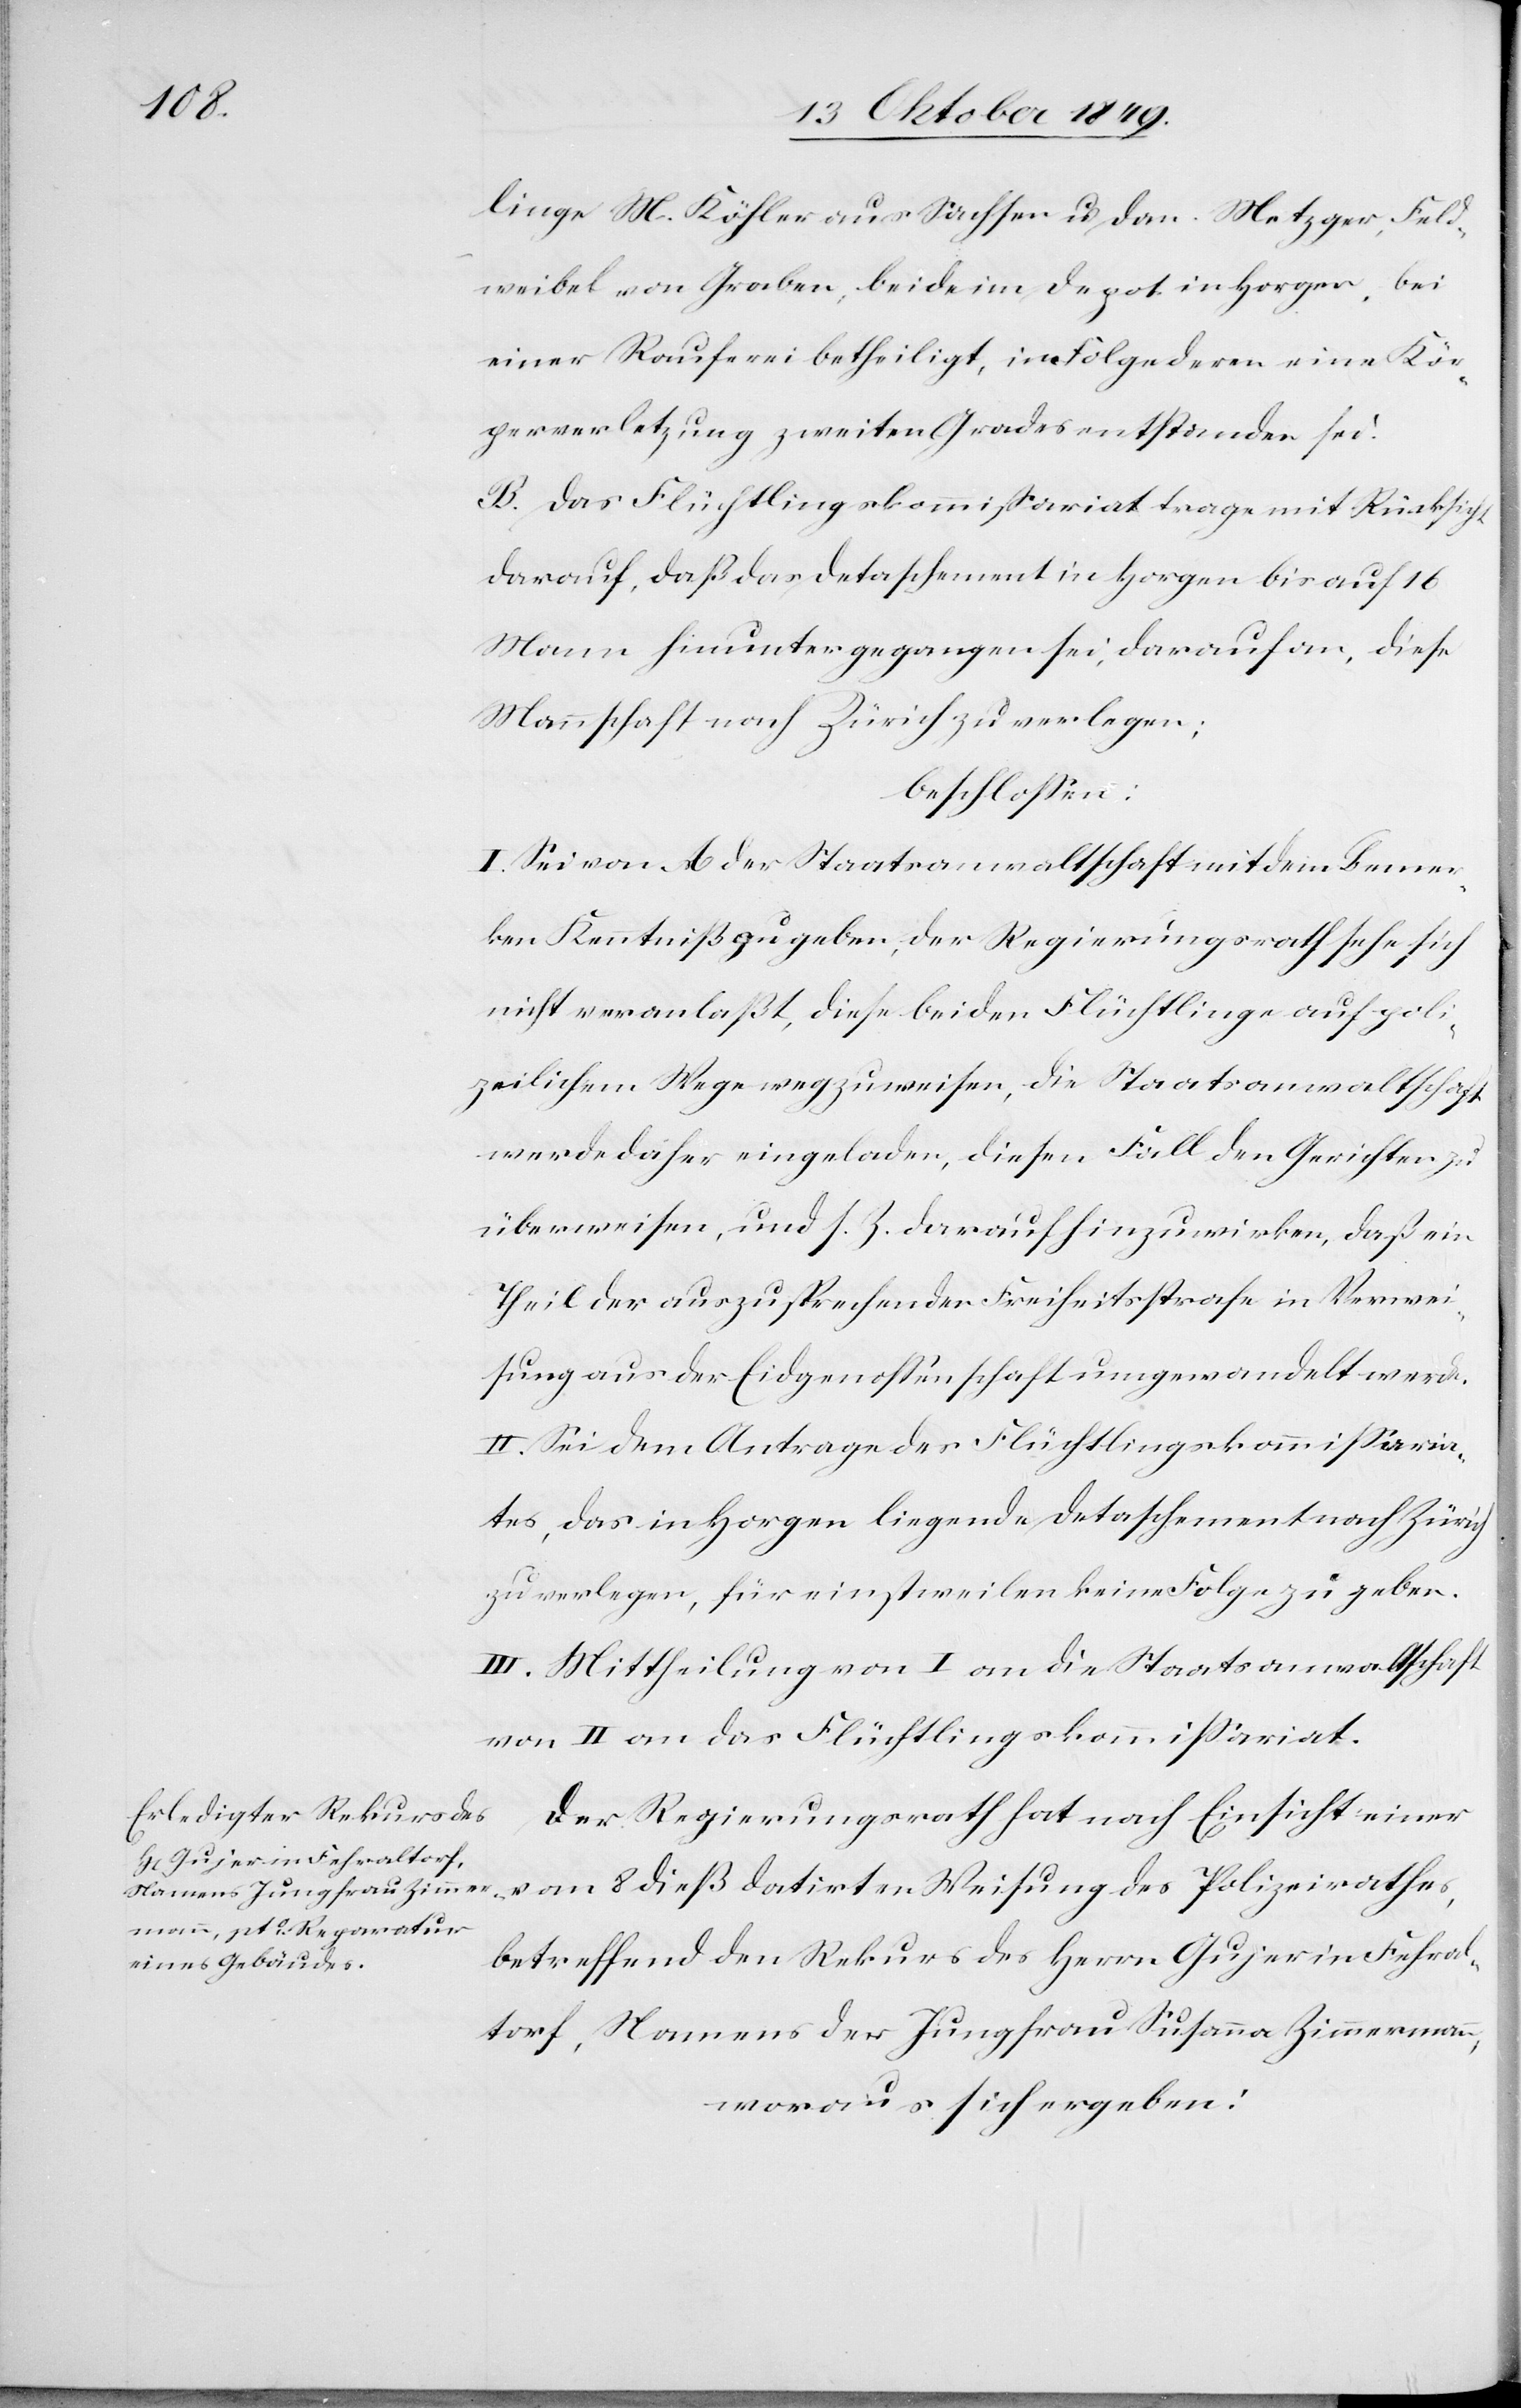
linge M. Köhler aus Sachsen u. Dan. Metzger, Feld¬
weibel von Graben, beide im Depot in Horgen, bei
einer Rauferei betheiligt, in Folge deren eine Kör¬
perverletzung zweiten Grades entstanden sei.
B. Das Flüchtlingskommmißariat trage mit Rücksicht
darauf, daß das Detaschement in Horgen auf 16
Mann hinunter gegangen sei, darauf an, diese
Mannschaft nach Zürich zu verlegen:
beschloßen:
I. Sei von A der Staatsanwaltschaft mit dem Bemer¬
ken Kenntniß zu geben, der Regierungsrath sehe sich
nicht veranlaßt, diese beiden Flüchtlinge auf poli¬
zeilichem Wege wegzuweisen, die Staatsanwaltschaft
werde daher eingeladen, diesen Fall den Gerichten zu
Überweisen, und s. Z. darauf hinzuwirken, daß ein
Theil der auszusprechenden Freiheitsstrafe in Verwei¬
sung aus der Eidgenossenschaft umgewandelt werde.
II. Sei dem Antrage des Flüchtlingskommißaria¬
tes, das in Horgen liegende Detaschement nach Zürich
zu verlegen, für einstweilen keine Folge zu geben.
III. Mittheilung von I an die Staatsanwaltschaft
von II an das Flüchtlingskommißariat.
Der Regierungsrath hat nach Einsicht einer
betreffend den Rekurs des Herrn Gujer in Fehral¬
torf, Namens der Jungfrau Susanna Zimmermann,
woraus sich ergeben: